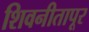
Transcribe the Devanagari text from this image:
शिवनीतापूर